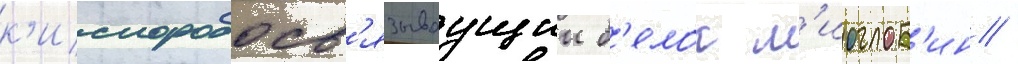
к'ислородосв'язываущии б'елок м'иоглоб'ин /